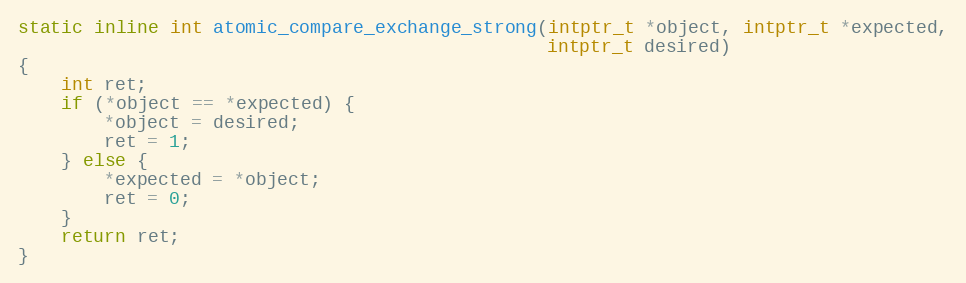
Language: C
static inline int atomic_compare_exchange_strong(intptr_t *object, intptr_t *expected,
                                                 intptr_t desired)
{
    int ret;
    if (*object == *expected) {
        *object = desired;
        ret = 1;
    } else {
        *expected = *object;
        ret = 0;
    }
    return ret;
}